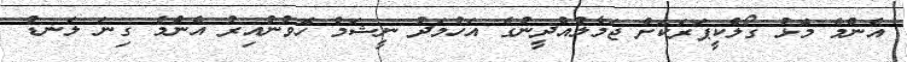
އެންމެ މޮޅު ގޯލްކީޕަރަކަށް ޖަމާލުއްދީނުގެ އަހުމަދު ނީޝަމް ހޮވުނުއިރު އެންމެ ގިނަ ލަނޑު